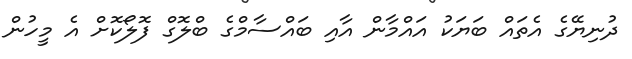
ދުނިޔޭގެ އެތައް ބަޔަކު އައްމާން އާއި ބައްސާމްގެ ބްލޮގް ފޮލޯކޮށް އެ މީހުން